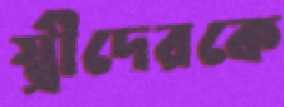
স্ত্রীদেরকে